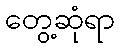
တွေ့ဆုံရာ